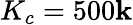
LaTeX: K_{c}=500\mathbf{k}